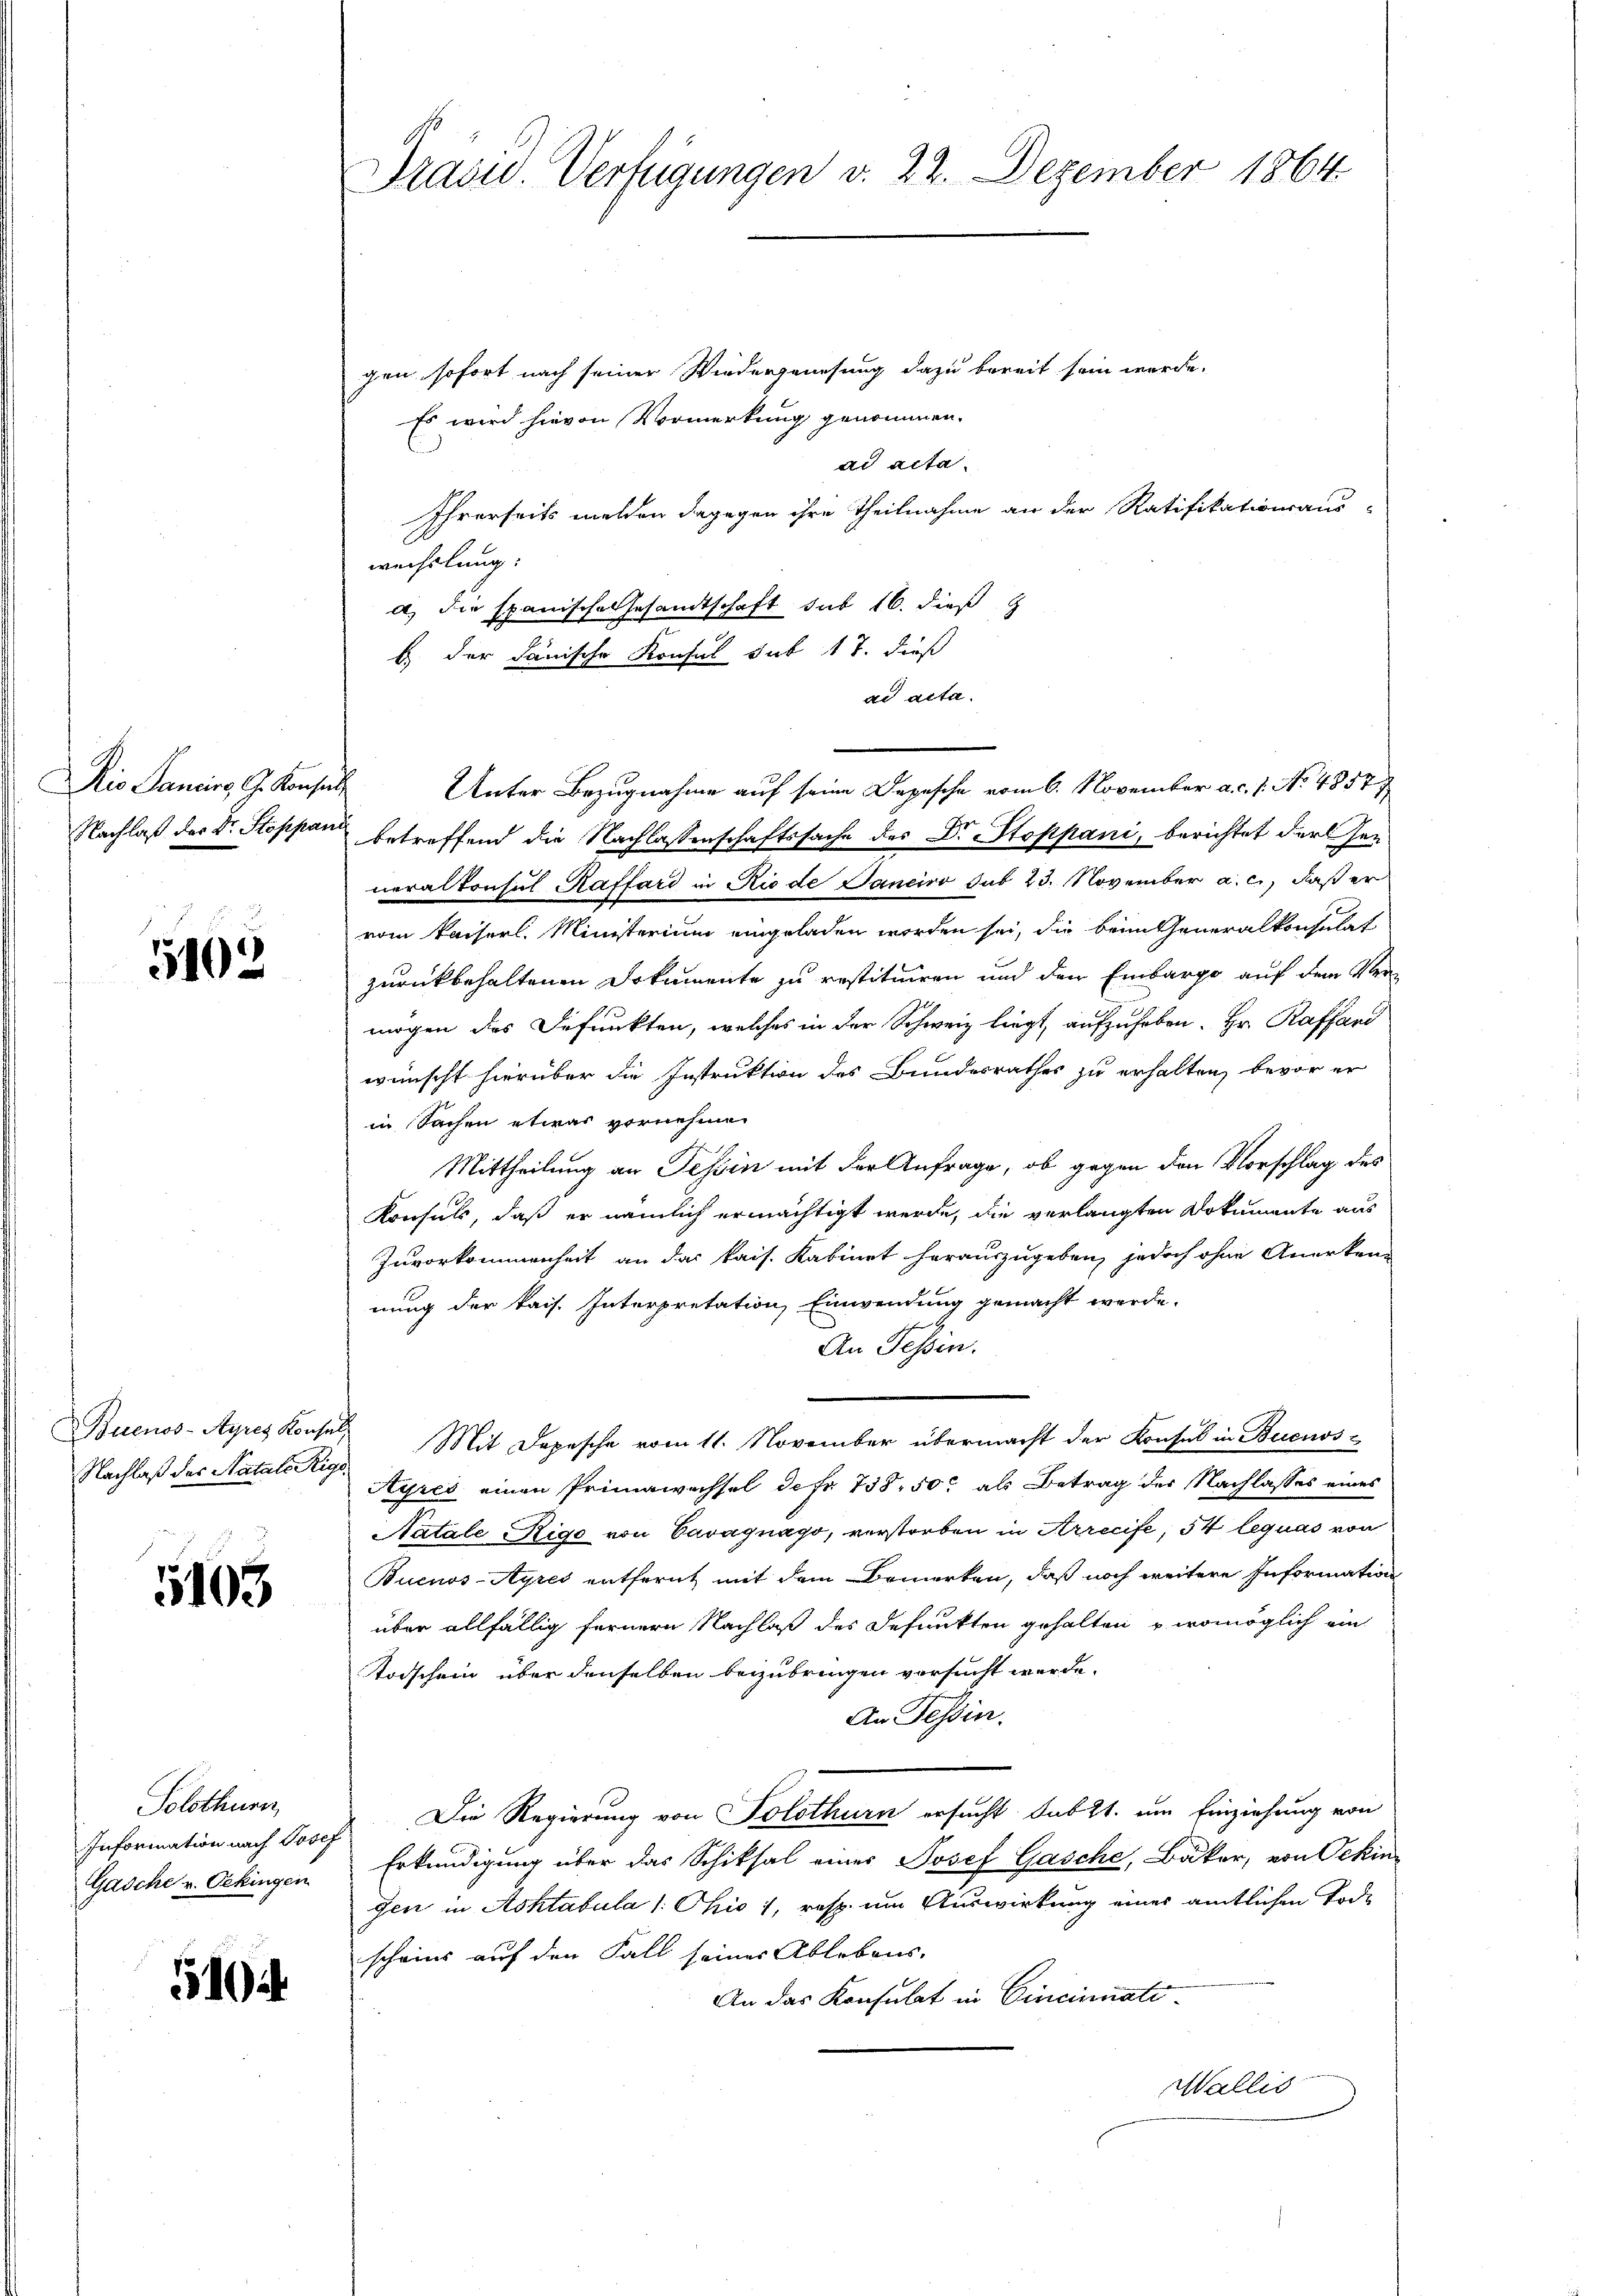
Dis Sanciere G. Konsul
Nachlaß der Dr. Stoppan

5102

Buenos-Ayres Konse
Nachlaß des Natale Rig

5103

Solothurn,
Information nach Josep
Gasche v. Oekingen

10

Brasid. Verfügungen v. 22. Dezember 1864

gen sofort nach seiner Wiedergenesung dazu bereit sein werde.
Es wird hievon Vormerkung genommen.
ad acta
Ihrerseits melden dagegen ihre Theilnahme an der Ratifikationsaus-
wechslung:
a) die spanische Gesandtschaft sub 16. dieß
E der danische Konsul sub 17. dieß
ad acta.
betreffend die Nachlassenschaftssache des Dr. Stoppani, berichtet dersenneralkonsul Raffard in Rio de Janeiro sub 23. November a. c., daß er
vom Kaiserl. Ministerium eingeladen worden sei, die beim Generalkonsulat
zurückbehaltenen Dokumente zu restituiren und den Einbargo auf dem Vermögen des Befunkten, welches in der Schweiz liegt, aufzuheben. Hr. Raffand
wünscht hierüber die Instruktion des Bundesrathes zu erhalten, bevor er
in Sachen etwas vornehme
Mittheilung an Tessin mit der Anfrage, ob gegen den Vorschlag des
Konsuls, daß er nämlich ermächtigt werde, die verlangten Dokumente aus
Zuvorkommenheit an das kais. Kabinet herauszugeben, jedoch ohne Anerkenn
nung der kais. Interpretation, Einwendung gemacht werde.
An Tessin.
Mit Depesche vom 11. November übermacht der Konsul in Buenos-
Ayres einen Primawechsel defr. 758. 50 als Betrag der Nachlasses eines
Satale Rigo von Cavagnago, verstorben in Arrecife, 54 lequas von
Buenos-Ayres entfernt mit dem Bemerken, daß noch weitere Information
über allfällig fernern Nachlaß des defunkten gehalten u. womöglich ein
Todschein über denselben beizubringen versucht werde.
An Tessin.
Die Regierung von Solothurn ersucht Subkt. um Einziehung von
Erkundigung über das Schiksal eines Josef Gasche, Bäker, von Oekin-
gen in Achtabula 1. Chio 1, resp. um Auswirkung einer amtlichen Tode
scheins auf den Fall seiner Ablebens-
An das Konsulat in Cincinnati
Wallis

Unter Bezugnahme auf seine Depesche vom 6. November a.c. s. No. 4857